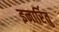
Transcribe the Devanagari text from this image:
इनार्रितु